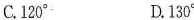
C.120^{\circ} D.130^{\circ}